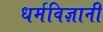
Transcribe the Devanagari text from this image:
धर्मविज्ञानी